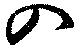
入